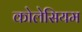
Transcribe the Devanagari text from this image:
कोलेसियम